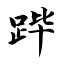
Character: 跸